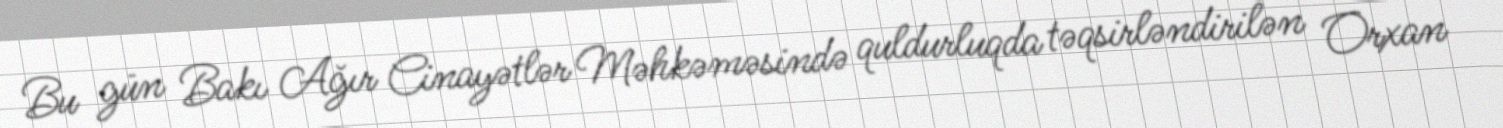
Bu gün Bakı Ağır Cinayətlər Məhkəməsində quldurluqda təqsirləndirilən Orxan